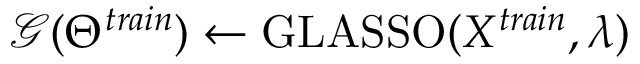
\mathcal { G } ( \Theta ^ { t r a i n } ) \gets \mathrm { G L A S S O } ( X ^ { t r a i n } , \lambda )